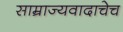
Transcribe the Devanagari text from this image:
साम्राज्यवादाचेच